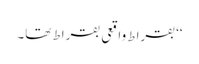
‘‘ بقراط واقعی بقراط تھا۔